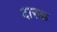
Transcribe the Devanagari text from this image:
दारक